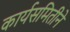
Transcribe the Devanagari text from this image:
कार्यसमितीने